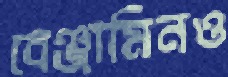
বেঞ্জামিনও